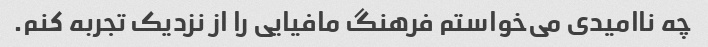
چه ناامیدی می‌خواستم فرهنگ مافیایی را از نزدیک تجربه کنم.